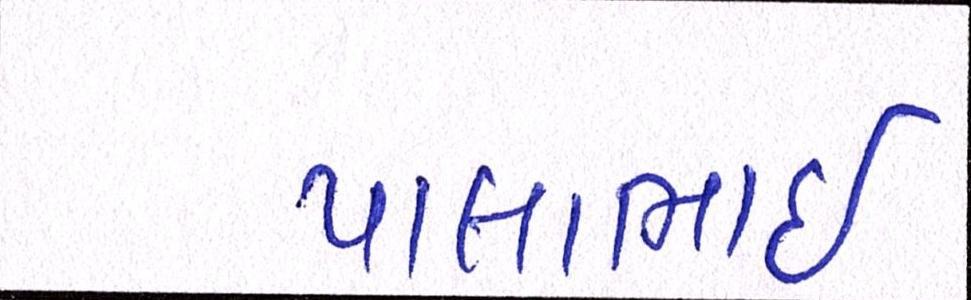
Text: પાલાભાઇ